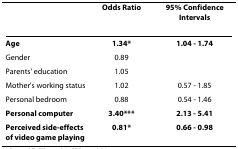
<table><thead><tr><td>[EMPTY_CELL]</td><td><b>Odds Ratio</b></td><td><b>95% Confidence Intervals</b></td></tr></thead><tbody><tr><td><b>Age</b></td><td><b>1.34*</b></td><td><b>1.04 - 1.74</b></td></tr><tr><td>Gender</td><td>0.89</td><td>[EMPTY_CELL]</td></tr><tr><td>Parents' education</td><td>1.05</td><td>[EMPTY_CELL]</td></tr><tr><td>Mother's working status</td><td>1.02</td><td>0.57 - 1.85</td></tr><tr><td>Personal bedroom</td><td>0.88</td><td>0.54 - 1.46</td></tr><tr><td><b>Personal computer</b></td><td><b>3.40***</b></td><td><b>2.13 - 5.41</b></td></tr><tr><td><b>Perceived side-effects of video game playing</b></td><td><b>0.81*</b></td><td><b>0.66 - 0.98</b></td></tr></tbody></table>